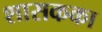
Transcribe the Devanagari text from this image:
शासकका